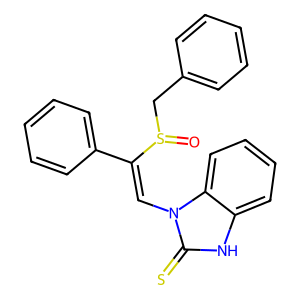
SMILES: O=S(Cc1ccccc1)C(=Cn1c(=S)[nH]c2ccccc21)c1ccccc1
Inhibits HIV replication: No